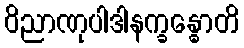
ဝိညာဏုပါဒါနက္ခန္ဓောတိ